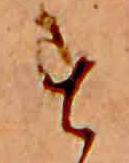
す